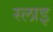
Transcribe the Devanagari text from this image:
स्लाइ